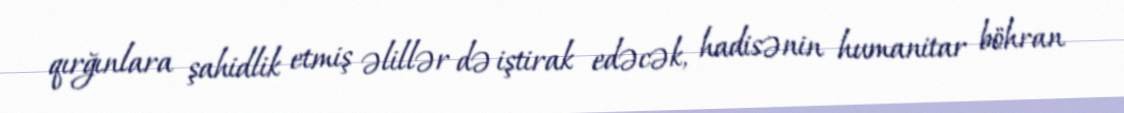
qırğınlara şahidlik etmiş əlillər də iştirak edəcək, hadisənin humanitar böhran